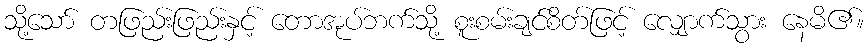
သို့သော် တဖြည်းဖြည်းနှင့် တောအုပ်ဘက်သို့ စူးစမ်းချင်စိတ်ဖြင့် လျှောက်သွား နေမိ၏။